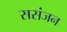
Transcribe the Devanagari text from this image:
ससंजन